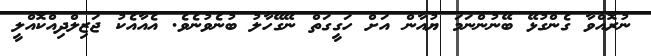
ނުރޮއްވާ ގެންގުޅޭ ބޭނުންނަމަ ޔުއާން އަށް ހަގީގަތް ނޭގޭހާލު ބުނެވުނެވެ. އެއާއެކު ޖަޒިލްދިއްކޮއްލީ